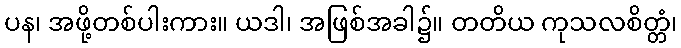
ပန၊ အဖို့တစ်ပါးကား။ ယဒါ၊ အဖြစ်အခါ၌။ တတိယ ကုသလစိတ္တံ၊